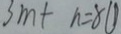
3 m + n = 8 0